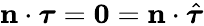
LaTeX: \mathbf{n}\cdot\boldsymbol{\tau}=\mathbf{0}=\mathbf{n}\cdot\hat{\boldsymbol{\tau}}